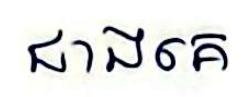
ជាងគេ